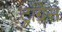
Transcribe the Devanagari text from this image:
ट्रांग्रेस